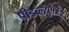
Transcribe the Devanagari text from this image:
पीडब्ल्यु१२३